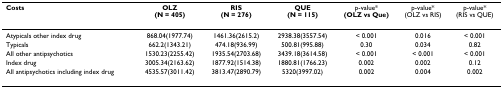
| Costs | OLZ(N = 405) | RIS(N = 276) | QUE(N = 115) | p-value*(OLZ vs Que) | p-value*(OLZ vs RIS) | p-value*(RIS vs QUE) |
 | --- | --- | --- | --- | --- | --- | --- |
 | Atypicals other index drug | 868.04(1977.74) | 1461.36(2615.2) | 2938.38(3557.54) | < 0.001 | 0.016 | < 0.001 |
 | Typicals | 662.2(1343.21) | 474.18(936.99) | 500.81(995.88) | 0.30 | 0.034 | 0.82 |
 | All other antipsychotics | 1530.23(2255.42) | 1935.54(2703.68) | 3439.18(3614.58) | < 0.001 | < 0.001 | < 0.001 |
 | Index drug | 3005.34(2163.62) | 1877.92(1514.38) | 1880.81(1766.23) | 0.002 | 0.002 | 0.12 |
 | All antipsychotics including index drug | 4535.57(3011.42) | 3813.47(2890.79) | 5320(3997.02) | 0.002 | 0.004 | 0.002 |